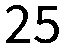
25